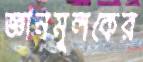
জ্ঞানমূলকের